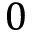
0